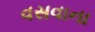
વસવાના